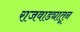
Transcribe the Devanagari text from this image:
राजवाड्यातून